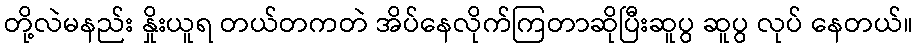
တို့လဲမနည်း နှိုးယူရ တယ်တကတဲ အိပ်နေလိုက်ကြတာဆိုပြီးဆူပွ ဆူပွ လုပ် နေတယ်။